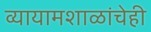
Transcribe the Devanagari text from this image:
व्यायामशाळांचेही